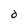
Character: 0